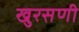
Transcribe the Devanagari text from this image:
खुरसणी